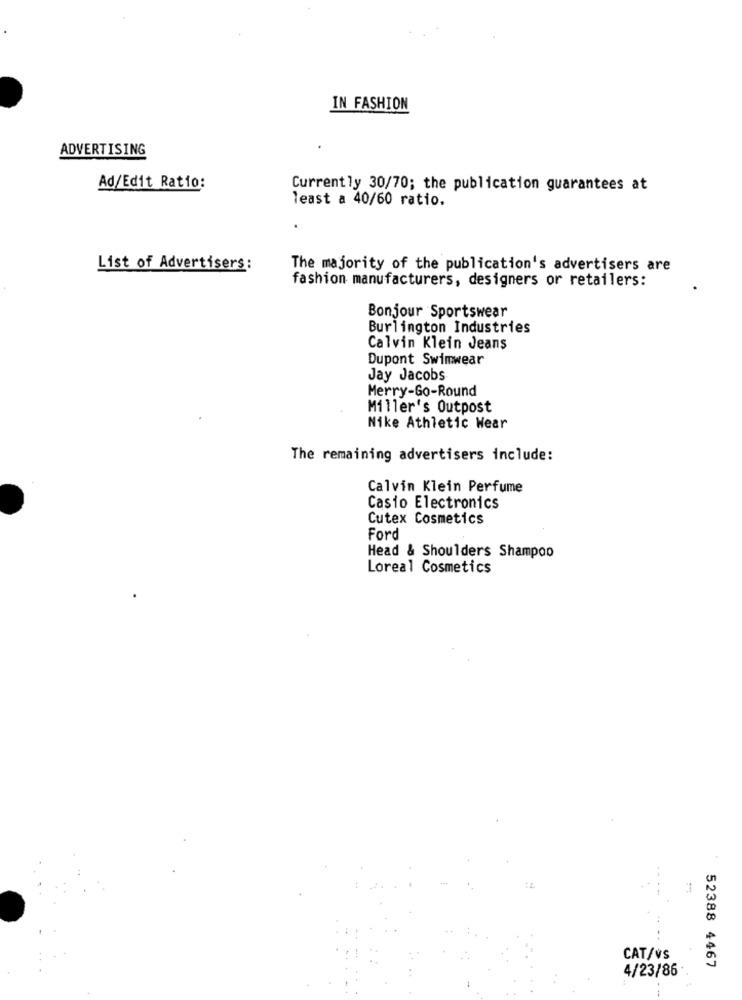
IN FASHION
ADVERTISING
Ad/Edit Ratio:
Currently 30/70; the publication guarantees at
least a 40/60 ratio.
List of Advertisers:
The majority of the publication's advertisers are
fashion manufacturers, designers or retailers:
Bonjour Sportswear
Burlington Industries
Calvin Klein Jeans
Dupont Swimwear
Jay Jacobs
Merry-Go-Round
Miller's Outpost
Nike Athletic Wear
The remaining advertisers include:
Calvin Klein Perfume
Casio Electronics
Cutex Cosmetics
Ford
Head & Shoulders Shampoo
Loreal Cosmetics
1
CAT/VS
4/23/86
52388 4467